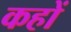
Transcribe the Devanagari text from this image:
कहों